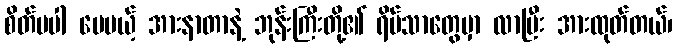
စိတ်မပါ ပေမယ့် အားနာတာနဲ့ ဘုန်းကြီးတို့၏ ရိပ်သာတွေမှာ လာပြီး အားထုတ်တယ်၊